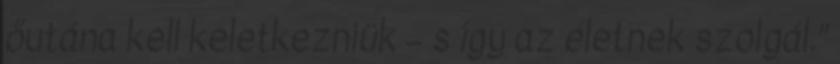
őutána kell keletkezniük – s így az életnek szolgál.”